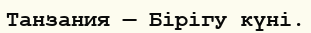
Танзания — Бірігу күні.